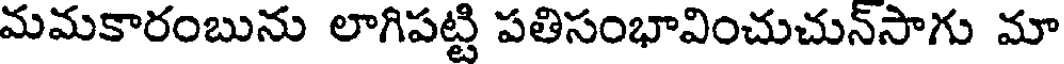
మమకారంబును లాగిపట్టి పతిసంభావించుచున్సాగు మా